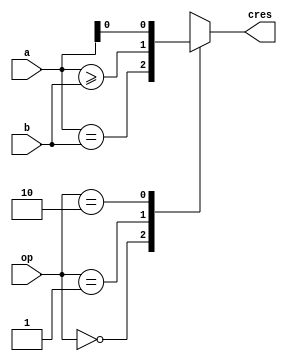
module compctl
    #(parameter P_WIDTH=32) (
        input   [P_WIDTH-1:0] a,
        input   [P_WIDTH-1:0] b,
        input   [2-1:0] op,
        output reg cres
    );

    always @(a or b or op) begin
        case(op)
            2'b00: cres = (a == b);
            2'b01: cres = (a >= b);
            2'b10: cres = a[0];
            default: cres = 1'bx;
        endcase
    end

endmodule